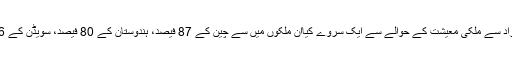
2016ء) نامور تحقیقاتی ادارے PEW نے اپریل اور مئی کے مہینوں میں 16 ملکوں میں 20 ہزار سے زائد افراد سے ملکی معیشت کے حوالے سے ایک سروے کیاان ملکوں میں سے چین کے 87 فیصد، ہندوستان کے 80 فیصد، سویڈن کے 76 فیصد، جرمنی کے 75 فیصد، ہالینڈ کے 61 فیصد اور آسڑیلیا کے 57 فیصد نے مثبت رائے کااظہار کیا ہے۔